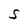
Character: S